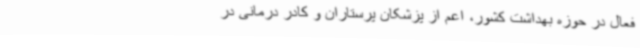
فعال در حوزه بهداشت کشور، اعم از پزشکان پرستاران و کادر درمانی در